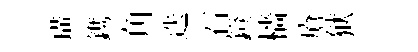
璜鎸角迭石鐙檣瘡狱